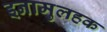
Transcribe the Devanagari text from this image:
इनामुलहक